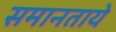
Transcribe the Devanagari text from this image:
समानताये